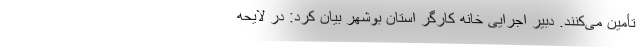
تأمین می‌کنند. دبیر اجرایی خانه کارگر استان بوشهر بیان کرد: در لایحه